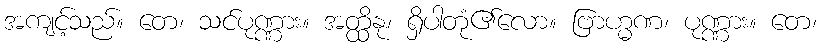
အကျင့်သည်။ တေ၊ သင်ပုဏ္ဏား။ အတ္ထိနု၊ ရှိပါတုံ၏လော။ ဗြာဟ္မဏ၊ ပုဏ္ဏား။ တေ၊